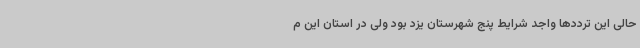
حالی این ترددها واجد شرایط پنج شهرستان یزد بود ولی در استان این م